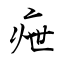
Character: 疶